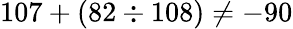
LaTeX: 107+(82\div 108)\neq-90